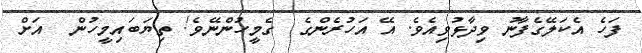
ފަހެ އެކަލޭގެފާނު ވިދާޅުވިއެވެ. އޭ އަހުރެންގެ  ގެމީހުންނޭވެ! ތިޔަބައިމީހުން  އަށް